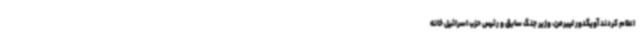
اعلام کردند آویگدور لیبرمن، وزیر جنگ سابق و رئیس حزب اسرائیل خانه